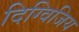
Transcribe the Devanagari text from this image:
दिग्विजिय